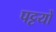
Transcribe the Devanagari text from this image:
पट्टयों